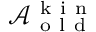
\mathcal { A } _ { \mathrm { ~ o ~ l ~ d ~ } } ^ { \mathrm { ~ k ~ i ~ n ~ } }